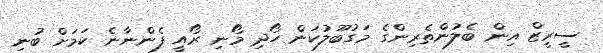
ސީރީޒް އިން ބެލުންތެރިންގެ މަގުބޫލުކަން ހޯދި މޯނި ރޯއީ ފެންނާނެ ކަމަށް ބުނި